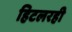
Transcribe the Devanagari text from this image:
हिटलरही